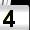
Digit: 4